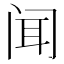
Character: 闻